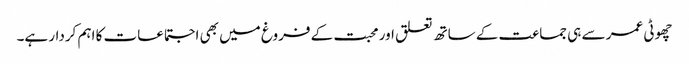
چھوٹی عمر سے ہی جماعت کے ساتھ تعلق اور محبت کے فروغ میں بھی اجتماعات کا اہم کردار ہے۔